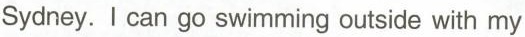
Sydney. I can go swimming outside with my